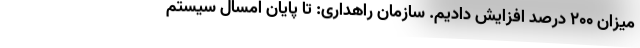
میزان ۲۰۰ درصد افزایش دادیم. سازمان راهداری: تا پایان امسال سیستم